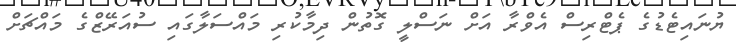
ޔުނައިޓެޑުގެ ޕެޓްރިސް އެވްރާ އަށް ނަސްލީ ގޮތުން ދިމާކުރި މައްސަލާގައި ސުއަރޭޒްގެ މައްޗަށް